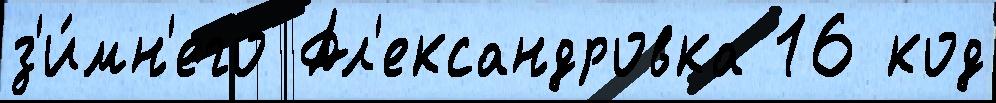
з'и́мн'его Ал'ександровка 16 код